Civil Veterinary Department. United Provinces 1932-42 - 1932-1942
Year: 1932
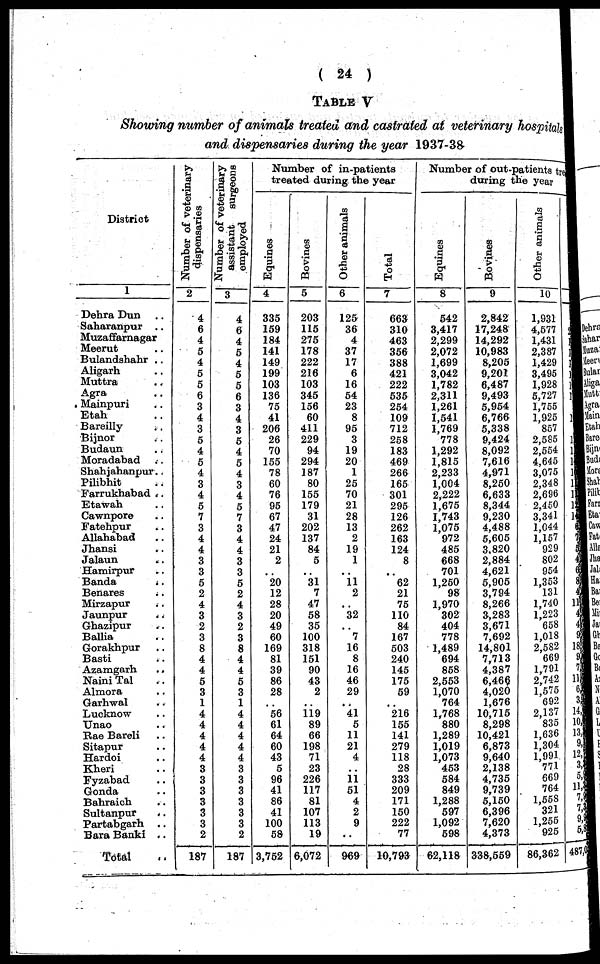
(24)
TABLE V
Showing number of animals treated and castrated at veterinary hospitals
and dispensaries during the year 1937-38
District
1
Dehra Dun ..
Saharanpur ..
Muzaffarnagar
Meerut ..
Bulandshahr ..
Aligarh ..
Muttra ..
Agra ..
Mainpuri ..
Etah ..
Bareilly ..
Bijnor ..
Budaun ..
Moradabad ..
Shahjahanpur..
Pilibhit ..
Farrukhabad ..
Etawah ..
Cawnpore ..
Fatehpur ..
Allahabad ..
Jhansi ..
Jalaun ..
Hamirpur ..
Banda
..
Benares ..
Mirzapur ..
Jaunpur ..
Ghazipur ..
Ballia ..
Gorakhpur ..
Basti ..
Azamgarh
..
Naini Tal ..
Almora ..
Garhwal ..
Lucknow
Unao ..
Rae Bareli ..
Sitapur ..
Hardoi ..
Kheri ..
Fyzabad ..
Gonda ..
Bahraich ..
Sultanpur ..
Partabgarh
..
Bara Banki ..
Total ..
Number of veterinary
dispensaries
2
4
6
4
5
4
5
5
6
3
4
3
5
4
5
4
3
4
5
7
3
4
4
3
3
5
2
4
3
2
3
8
4
4
5
3
1
4
4
4
4
4
3
3
3
3
3
3
2
187
Number of veterinary
assistant surgeons
employed
3
4
6
4
5
4
5
5
6
3
4
3
5
4
5
4
3
4
5
7
3
4
4
3
3
5
2
4
3
2
3
8
4
4
5
3
1
4
4
4
4
4
3
3
3
3
3
3
2
187
Number of in-patients
treated during the year
Equines
4
335
159
184
141
149
199
103
136
75
41
206
26
70
155
78
60
76
95
67
47
24
21
2
20
12
28
20
49
60
169
81
39
86
28
..
56
61
64
60
43
5
96
41
86
41
100
58
3,752
Bovines
5
203
115
275
178
222
216
103
345
156
60
411
229
94
294
187
80
155
179
31
202
137
84
5
..
31
7
47
58
35
100
318
151
90
43
2
..
119
89
66
198
71
23
226
117
81
107
113
19
6,072
Other animals
6
125
36
4
37
17
6
16
54
23
8
95
3
19
20
1
25
70
21
28
13
2
19
1
..
11
2
..
32
..
7
16
8
16
46
29
..
41
5
11
21
4
..
11
51
4
2
9
..
969
Total
7
663
310
463
356
388
421
222
535
254
109
712
258
183
469
266
165
301
295
126
262
163
124
8
..
62
21
75
110
84
167
503
240
145
175
59
..
216
155
141
279
118
28
333
209
171
150
222
77
10,793
Number of out-patients tre
during the year
Equines
8
542
3,417
2,299
2,072
1,699
3,042
1,782
2,311
1,261
1,541
1,769
778
1,292
1,815
2,233
1,004
2,222
1,675
1,743
1,075
972
485
668
701
1,250
98
1,970
302
404
778
1,489
694
858
2,553
1,070
764
1,768
880
1,289
1,019
1,073
453
584
849
1,288
597
1,092
598
62,118
Bovines
9
2,842
17,248
14,292
10,983
8,205
9,201
6,487
9,493
5,954
6,766
5,338
9,424
8,092
7,616
4,971
8,250
6,633
8,344
9,230
4,488
5,605
3.820
2,884
4,621
5,905
3,794
8,266
3,283
3,671
7,692
14,801
7,713
4,387
6,466
4,020
1,676
10,715
8,298
10,421
6,873
9,640
2,138
4,735
9,739
5,150
6,396
7,620
4,373
338,559
Other animals
10
1,931
4,577
1,431
2,387
1,429
3,495
1,928
5,727
1,755
1,925
857
2,585
2,554
4,645
3,075
2,348
2,696
2,450
3,341
1,044
1,157
929
802
954
1,353
131
1,740
1,223
658
1,018
2,582
669
1,791
2,742
1,575
692
2,137
835
1,636
1,304
1,991
771
669
764
1,558
321
1,255
925
86,362
2
1
1
1
1
1
1
1
1
1
1
1
1
1
1
1
5
4
6
9
4
11
4
4
9
18
9
7
11
6
3
14,
10,
13
9
12,
3,
5,
11,2
7
7,2
9
5, 8
487,02